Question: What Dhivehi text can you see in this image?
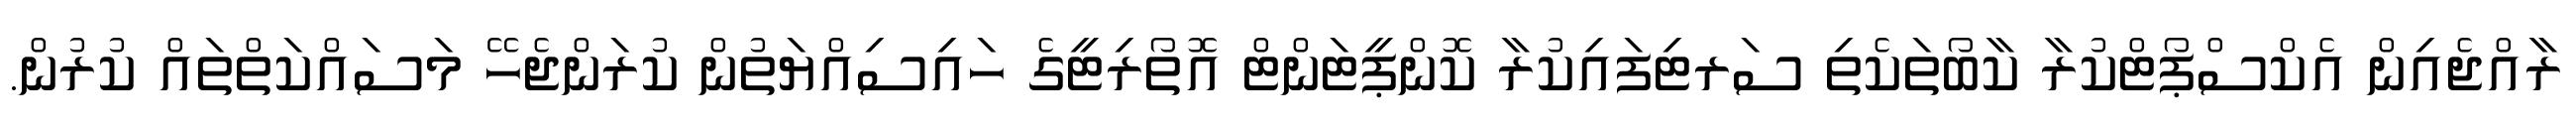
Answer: ރާއްޖެއިން އެކްސްޕޯޓްކުރާ ކާބޯތަކެތި ސަރޓިފައިކުރާ ކޮންޕީޓަންޓް އޮތޯރިޓީގެ ހައިސިއްޔަތުން ކުރަންޖެހޭ މަސައްކަތްތައް ކުރުން.